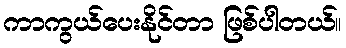
ကာကွယ်ပေးနိုင်တာ ဖြစ်ပါတယ်။